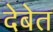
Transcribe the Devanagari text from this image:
देबेत